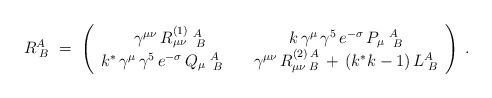
LaTeX: \begin{align*}R_{\;B}^A\;=\; \left( \begin{array}{cc}\gamma^{\mu\nu}\,R_{\mu\nu}^{(1)}\;_{\;B}^A & k\,\gamma^\mu\,\gamma^5\,e^{-\sigma}\,P_\mu\;_{\;B}^A \\k^*\,\gamma^\mu\,\gamma^5\,e^{-\sigma}\,Q_\mu\;_{\;B}^A\quad &\gamma^{\mu\nu}\,R_{\mu\nu\;B}^{(2)\,A}\,+\,(k^*k-1)\,L_{\;B}^A\end{array} \right) \;.\end{align*}